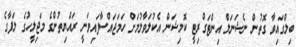
ބިލްގައިވާ ގޮތުން ނެޝަނަލް އިންޓަގްރިޓީ ކޮމިޝަން އެކުލަވާލުމަށް ހަމަޖައްސާފައިވަނީ ރައްޔިތުންގެ މަޖިލީހުގެ ލަފާގެ